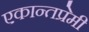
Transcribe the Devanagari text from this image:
एकान्तप्रेमी